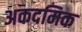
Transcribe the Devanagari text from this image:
अकदमिक